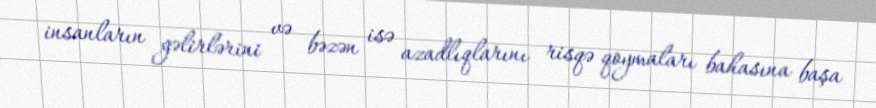
insanların gəlirlərini və bəzən isə azadlıqlarını risqə qoymaları bahasına başa